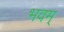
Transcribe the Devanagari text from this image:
भवम्